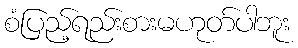
စံပြည့်ရည်းစားမဟုတ်ပါဘူး